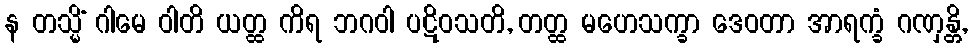
န တသ္မိံ ဂါမေ ဝါတိ ယတ္ထ ကိရ ဘဂဝါ ပဋိဝသတိ, တတ္ထ မဟေသက္ခာ ဒေဝတာ အာရက္ခံ ဂဏှန္တိ,